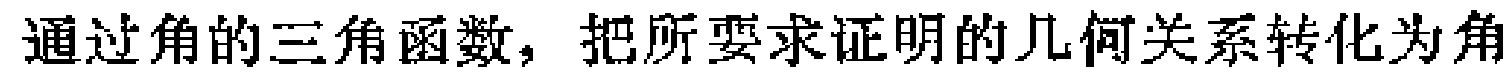
通过角的三角函数，把所要求证明的几何关系转化为角